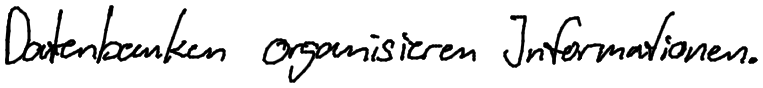
Datenbanken organisieren Informationen.